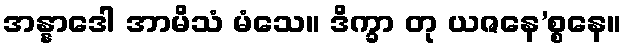
အန္နာဒေါ အာမိသံ မံသေ။ ဒိက္ခာ တု ယဇနေ’စ္စနေ။